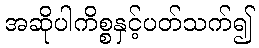
အဆိုပါကိစ္စနှင့်ပတ်သက်၍